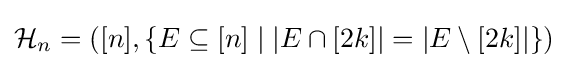
{\mathcal {H}}_{n}=([n],\{E\subseteq [n]\mid |E\cap [2k]|=|E\setminus [2k]|\})